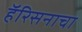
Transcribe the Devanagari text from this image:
हॅरिसनाचा